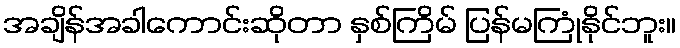
အချိန်အခါကောင်းဆိုတာ နှစ်ကြိမ် ပြန်မကြုံနိုင်ဘူး။